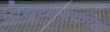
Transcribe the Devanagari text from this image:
विद्युच्चुंबकीथ